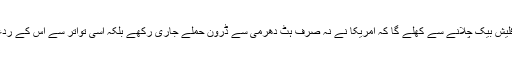
بلب بجھانے اور آنکھیں بند کر کے ذہن کی سلور سکرین پر ٹی ٹی پی کے متحرک دنوں کی فلیش بیک چلانے سے کھلے گا کہ امریکا نے نہ صرف ہٹ دھرمی سے ڈرون حملے جاری رکھے بلکہ اسی تواتر سے اس کے ردعمل کو کافروں کا ساتھ دینے والے ملک پاکستان اور اس کی فوج کے خلاف استعمال بھی کیا۔